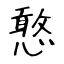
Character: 憨